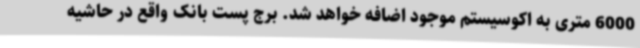
6000 متری به اکوسیستم موجود اضافه خواهد شد. برج پست بانک واقع در حاشیه